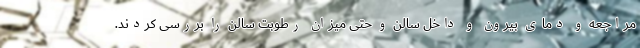
مراجعه و دمای بیرون و داخل سالن و حتی میزان رطوبت سالن را بررسی کردند.